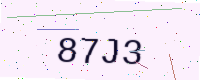
Text: 87J3